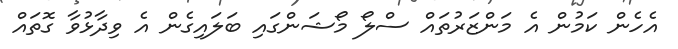
އެހެން ކަމުން އެ މަންޒަރުތައް ސްލޯ މޯޝަންގައި ބަލައިގެން އެ ވިދާޅުވާ ގޮތައް